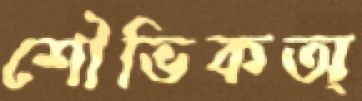
শৌভিকঅ্